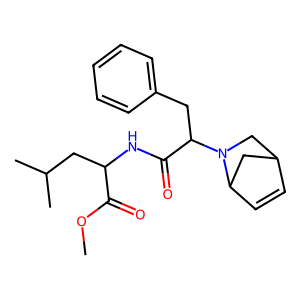
SMILES: COC(=O)C(CC(C)C)NC(=O)C(Cc1ccccc1)N1CC2C=CC1C2
Inhibits HIV replication: No